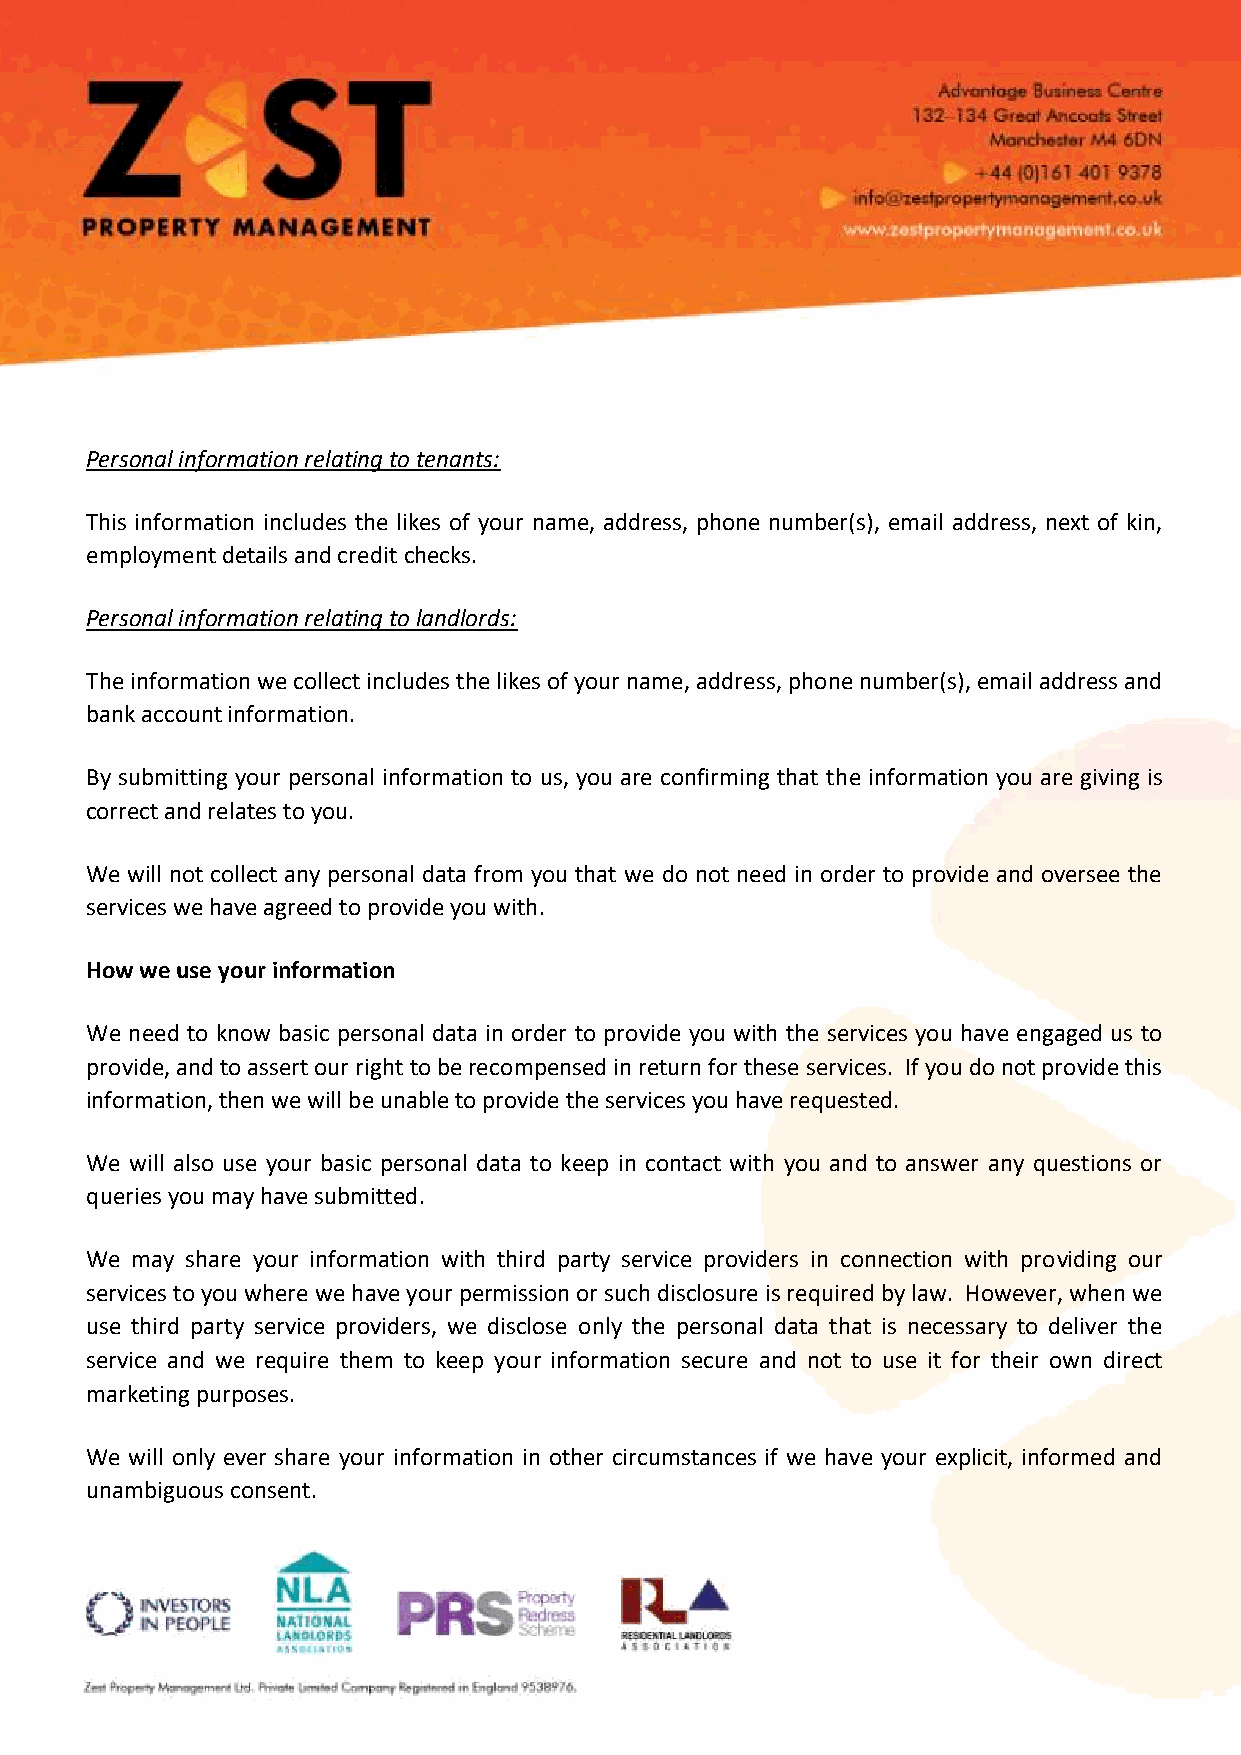
Personal information relating to tenants:
 This information includes the likes of your name, address, phone number(s), email address, next of kin,
 employment details and credit checks.
 Personal information relating to landlords:
 The information we collect includes the likes of your name, address, phone number(s), email address and
 bank account information.
 By submitting your personal information to us, you are confirming that the information you are giving is
 correct and relates to you.
 We will not collect any personal data from you that we do not need in order to provide and oversee the
 services we have agreed to provide you with.
 How we use your information
 We need to know basic personal data in order to provide you with the services you have engaged us to
 provide, and to assert our right to be recompensed in return for these services. If you do not provide this
 information, then we will be unable to provide the services you have requested.
 We will also use your basic personal data to keep in contact with you and to answer any questions or
 queries you may have submitted.
 We may share your information with third party service providers in connection with providing our
 services to you where we have your permission or such disclosure is required by law. However, when we
 use third party service providers, we disclose only the personal data that is necessary to deliver the
 service and we require them to keep your information secure and not to use it for their own direct
 marketing purposes.
 We will only ever share your information in other circumstances if we have your explicit, informed and
 unambiguous consent.